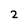
Character: 2